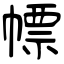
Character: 幖